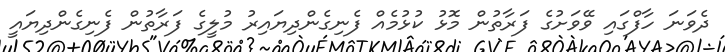
ދެވަނަ ހާފްގައި ވޭވަށުގެ ފަރާތުން މޮޅު ކުޅުމެއް ފެނިގެންދިޔައިރު މުލީގެ ފަރާތުން ފެނިގެންދިޔައީ